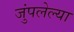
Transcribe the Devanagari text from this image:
जुंपलेल्या